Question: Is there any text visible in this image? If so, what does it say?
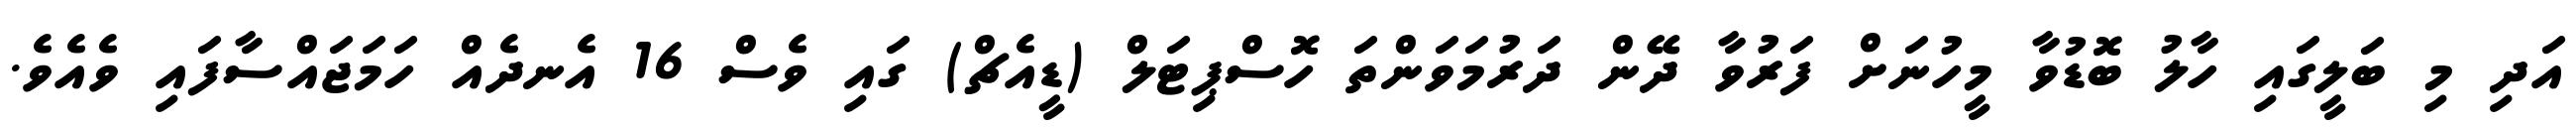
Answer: އަދި މި ބަލީގައި ހާލު ބޮޑުވާ މީހުނަށް ފަރުވާ ދޭން ދަރުމަވަންތަ ހޮސްޕިޓަލް (ޑީއެޗް) ގައި ވެސް 16 އެނދެއް ހަމަޖައްސާފައި ވެއެވެ.